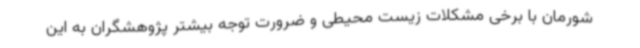
شورمان با برخی مشکلات زیست محیطی و ضرورت توجه بیشتر پژوهشگران به این